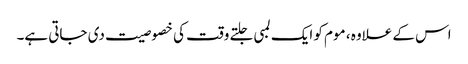
اس کے علاوہ ، موم کو ایک لمبی جلتے وقت کی خصوصیت دی جاتی ہے۔